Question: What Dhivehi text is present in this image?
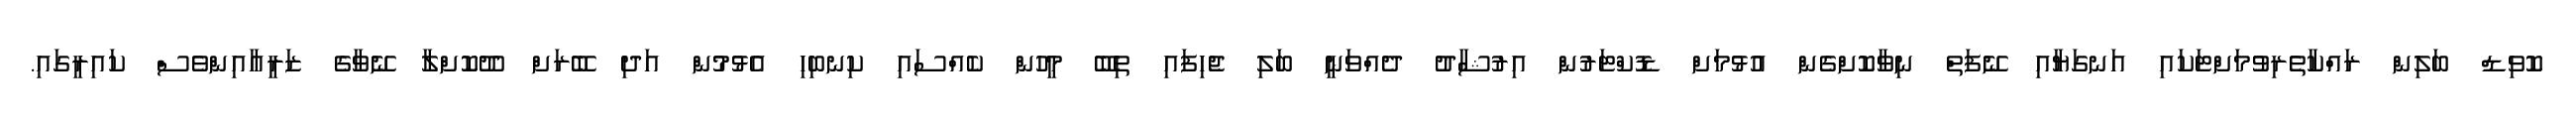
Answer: ކޮވިޑް ބަލިން ރައްކާތެރިވުމަށްޓަކައި އަނގަޔާއި ނޭފަތް ނިވާކޮށްގެން އުޅުމަށް ޑޮކްޓަރުން އިރުޝާދު ދެއްވަނީ ބަލި ޖެހިފައި ތިބޭ މީހުން ކެއްސައި ކިނބިހި އެޅުމުން އަދި ބޭރަށް ދޫކޮށްލާ ނޭވާގެ ޒަރީޢާއިންވެސް ކައިރީގައި.